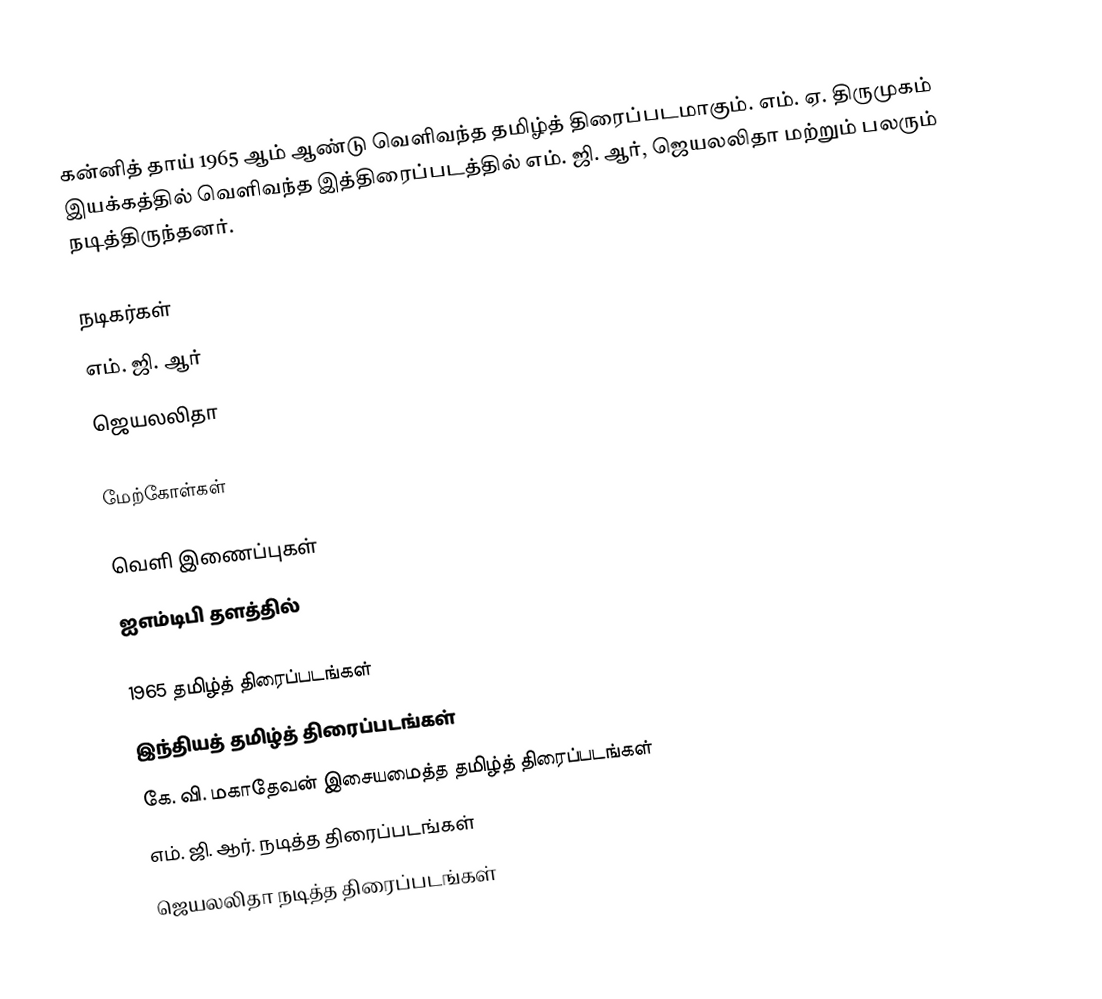
கன்னித் தாய் 1965 ஆம் ஆண்டு வெளிவந்த தமிழ்த் திரைப்படமாகும். எம். ஏ. திருமுகம் இயக்கத்தில் வெளிவந்த இத்திரைப்படத்தில் எம். ஜி. ஆர், ஜெயலலிதா மற்றும் பலரும் நடித்திருந்தனர்.

நடிகர்கள்
எம். ஜி. ஆர்
ஜெயலலிதா

மேற்கோள்கள்

வெளி இணைப்புகள்
 ஐஎம்டிபி தளத்தில்

1965 தமிழ்த் திரைப்படங்கள்
இந்தியத் தமிழ்த் திரைப்படங்கள்
கே. வி. மகாதேவன் இசையமைத்த தமிழ்த் திரைப்படங்கள்
எம். ஜி. ஆர். நடித்த திரைப்படங்கள்
ஜெயலலிதா நடித்த திரைப்படங்கள்